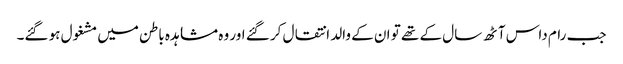
جب رام داس آٹھ سال کے تھے تو ان کے والد انتقال کر گئے اور وہ مشاہدہ باطن میں مشغول ہو گئے۔